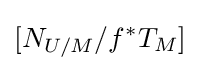
[N_{U/M}/f^{*}T_{M}]